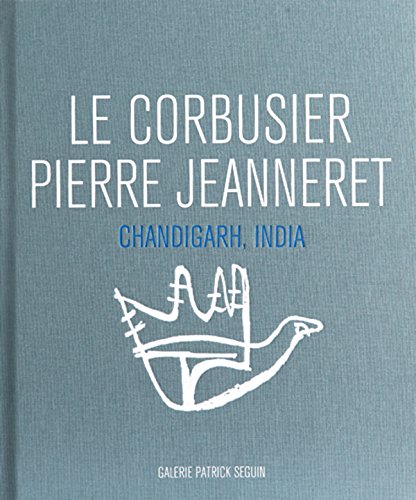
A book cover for Le Corbusier & Pierre Jeanneret: Chandigarh, India; Le Corbusier; Arts & Photography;